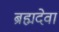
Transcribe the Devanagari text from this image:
ब्रह्मदेवा